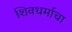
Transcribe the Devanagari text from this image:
शिवधर्माचा